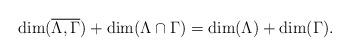
LaTeX: \begin{align*} \dim(\overline{\Lambda,\Gamma}) + \dim(\Lambda \cap \Gamma) = \dim(\Lambda) + \dim(\Gamma).\end{align*}